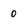
Character: 0